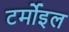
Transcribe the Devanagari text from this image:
टर्मोइल